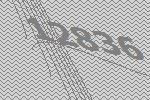
12836